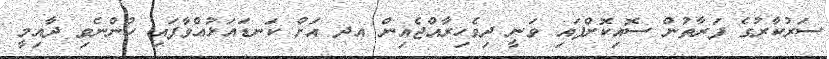
ސަރުކާރުގެ ފަރާތުން ސޮއިކޮށްފައި ވަނީ ދިވެހިރާއްޖެއިން އދ އަށް ކަނޑައަޅުއްވާފައި ހުންނެވި ދާއިމީ